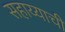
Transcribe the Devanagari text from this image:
सहाय्याची